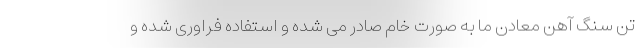
تن سنگ آهن معادن ما به صورت خام صادر می شده و استفاده فراوری شده و